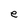
Character: e